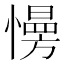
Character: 𢢔